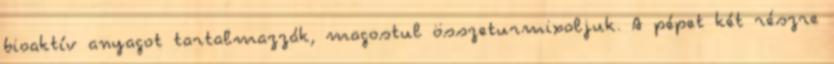
bioaktív anyagot tartalmazzák, magostul összeturmixoljuk. A pépet két részre